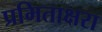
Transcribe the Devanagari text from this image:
प्रमिताक्षरा